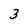
Character: 3